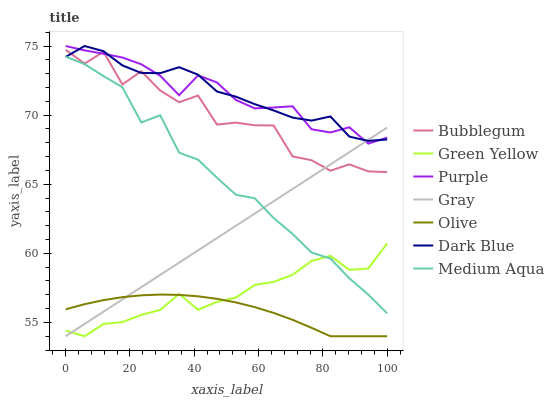
| xaxis_label | Bubblegum | Green Yellow | Purple | Gray | Olive | Dark Blue | Medium Aqua |
 | --- | --- | --- | --- | --- | --- | --- | --- |
 | 0 | 74.7 | 54.4 | 75 | 54 | 55.9 | 74.2 | 74.2 |
 | 5.88 | 73.7 | 54 | 74.7 | 54.9 | 56.3 | 75 | 73.7 |
 | 11.8 | 74.6 | 54.9 | 74.4 | 55.8 | 56.6 | 74.6 | 72.8 |
 | 17.6 | 72.2 | 55 | 74.2 | 56.7 | 56.8 | 73.6 | 72 |
 | 23.5 | 73.2 | 55.5 | 73.7 | 57.6 | 57 | 73 | 69.5 |
 | 29.4 | 71.8 | 55.9 | 72.8 | 58.4 | 57 | 73 | 70 |
 | 35.3 | 70.9 | 57.1 | 71.4 | 59.3 | 57 | 73.5 | 67.3 |
 | 41.2 | 71.4 | 55.9 | 72.9 | 60.2 | 56.9 | 72.9 | 66.8 |
 | 47.1 | 69.3 | 56.5 | 72.4 | 61.1 | 56.7 | 71.7 | 65.5 |
 | 52.9 | 69.5 | 56.8 | 71.1 | 62 | 56.4 | 71.3 | 64.2 |
 | 58.8 | 69.3 | 57.7 | 70.5 | 62.9 | 56.1 | 70.8 | 64 |
 | 64.7 | 69.2 | 57.9 | 70.6 | 63.8 | 55.7 | 70.3 | 62.5 |
 | 70.6 | 67 | 58.4 | 70.6 | 64.7 | 55.2 | 69.8 | 61.4 |
 | 76.5 | 66.7 | 59.4 | 69 | 65.5 | 54.6 | 69.6 | 60.1 |
 | 82.4 | 66 | 59.8 | 68.7 | 66.4 | 54 | 69.9 | 59.6 |
 | 88.2 | 66.4 | 58.8 | 69.1 | 67.3 | 54 | 68.4 | 58.2 |
 | 94.1 | 65.9 | 58.9 | 67.9 | 68.2 | 54 | 68.1 | 57 |
 | 100 | 65.9 | 60.7 | 68.4 | 69.1 | 54 | 68.2 | 55.7 |